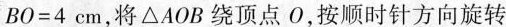
$$BO=4cm$$，将\Delta AOB绕顶点0，按顺时针方向旋转